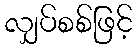
လျှပ်စစ်ဖြင့်